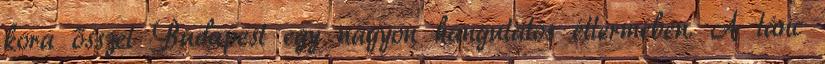
kora ősszel Budapest egy nagyon hangulatos éttermében. A tánc